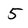
Character: 5